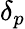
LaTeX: \delta_{p}